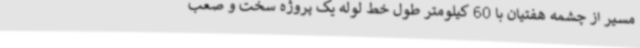
مسیر از چشمه هفتیان با 60 کیلومتر طول خط لوله یک پروژه سخت و صعب‌